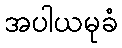
အပါယမုခံ